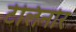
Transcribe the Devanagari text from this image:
टेलिनोर